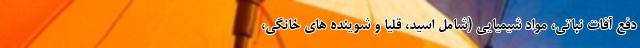
دفع آفات نباتی، مواد شیمیایی (شامل اسید، قلیا و شوینده های خانگی،